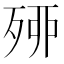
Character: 𣨇